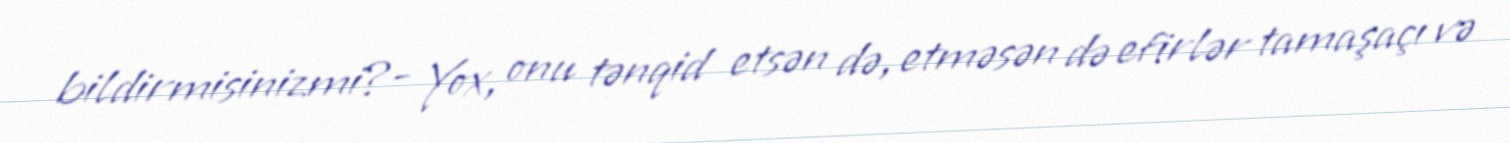
bildirmisinizmi?- Yox, onu tənqid etsən də, etməsən də efirlər tamaşaçı və